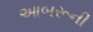
આબરૂની